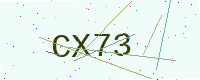
Text: CX73